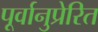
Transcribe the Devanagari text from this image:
पूर्वानुप्रेरित